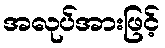
အလုပ်အားဖြင့်